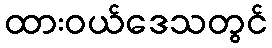
ထားဝယ်ဒေသတွင်